Vital statistics of India. Vol. IV, Annual returns from 1871 to 1876. British Army of India, Native Army and jails of Bengal
Year: 1871
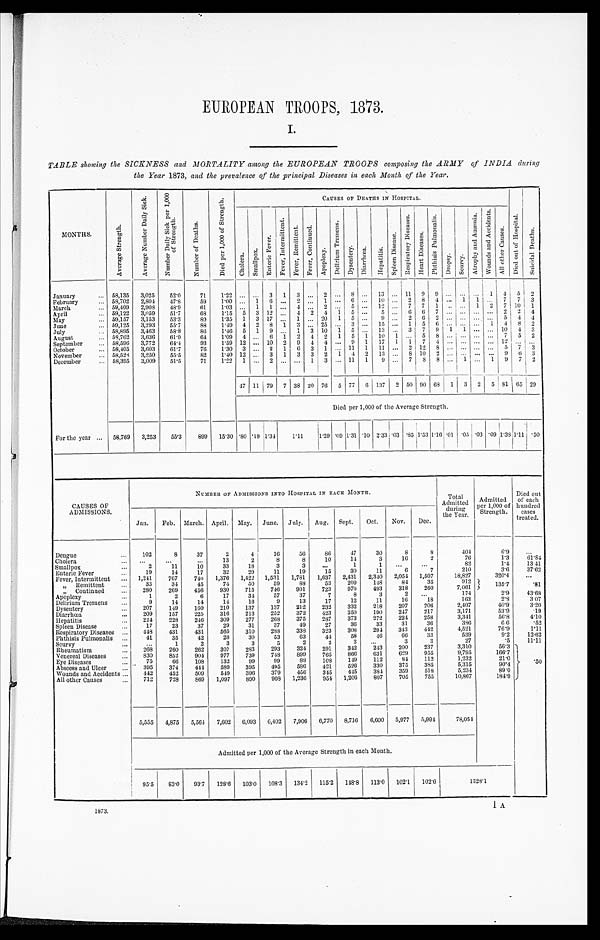
EUROPEAN TROOPS, 1873.
TABLE showing the SICKNESS and MORTALITY among the EUROPEAN TROOPS composing the ARMY of INDIA during
the Year 1873, and the prevalence of the principal Diseases in each Month of the Year.
MONTHS.
A v e r a g e S t r e n g t h .
A v e r a g e N u m b e r D a i l y S i c k .
N u m b e r D a i l y S i c k p e r 1 , 0 0 0 o f S t r e n g t h .
N u m b e r o f D e a t h s .
D i e d p e r 1 , 0 0 0 o f S t r e n g t h .
CAUSES OF DEATHS IN HOSPITAL.
C h o l e r a .
S m a l l p o x .
E n t e r i c F e v e r .
F e v e r , I n t e r m i t t e n t .
F e v e r , R e m i t t e n t .
F e v e r , C o n t i n u e d .
A p o p l e x y .
D e l i r i u m T r e m e n s .
D y s e n t e r y .
D i a r r h œ a .
H e p a t i t i s .
S p l e e n Di s e a s e .
R e s p i r a t o r y D i s e a s e s .
H e a r t D i s e a s e s .
P h t h i s i s P u l m o n a l i s .
D r o p s y . S c u r v y .
A t r o p h y a n d A n æ m i a .
W o u n d s a n d A c c i d e n t s .
A l l o t h e r C a u s e s .
D i e d o u t o f H o s p i t a l .
S u i c i d a l D e a t h s .
January . . . 58,135
3,025
52.0
71
1.22
. . .
. . . 3
1
3 . . . 2 . . . 8
. . . 13 . . .
1 1
9
9
. . .
. . . . . . 1
4
5
2
February . . . 58,702
2,804
47.8
59
1.00
. . . 1
6
. . . 2 . . . 1 . . . 6
. . . 10 . . . 2
8
4
. . . 1
1 . . . 7
7
3
March . . . 59,409
2,908
48.9
61
1.03
. . . 1
1
. . . 4 . . . 2 . . . 5
. . . 12 . . . 7
7
1
. . .
. . . 1
2
7 10
1
April . . . 59,122
3,059
51.7
68
1.15
5
3 12
. . . 4
2
4 1
5
. . .
5 . . . 6
6
7
. . .
. . . . . . . . . 2
2
4
May . . . 59,157
3,153
53.3
80
1.35
1
3 17
. . . 1 . . . 20
1
5
. . .
9 . . . 2
6
2
. . .
. . . . . . . . . 5
4
4
June . . . 59,125
3,293
55.7
88
1.49
4
2
8
1
3 . . . 25 . . . 3
. . . 15 . . . 1
5
6
. . .
. . .. . .
1
4
8
2
July
. . . 58,895
3,463
58'8
86
1.46
5
1
9
. . . 1
3 10
1
5
. . . 13 . . . 3
7
9
1
1 . . . . . . 10
4
3
August . . . 58,762
3,636
61.9
64
1.09
4
. . .
6 1
2
4
2
1
5
1
1 0 1
. . . 5
8
. . .
. . .
. . . . . . 7
5
2
September . . . 58,596
3,772
64.4
93
1.59 12
. . . 10
2
9
4
4 . . . 9
1
17
1
1
7
4
. . .
. . . . . .. . .
1 2
. . .
. . .
October . . . 58,405
3,603
61.7
76
1.30
3
. . . 2
1
6
3
1 . . . 11
1
11 . . . 2 12 8
. . .
. . . . . . . . . 5
7
3
November . . . 58,528
3,250
55.5
82
1.40 12
. . . 3
1
3
3
2
1
4
2
13 . . . 8 10
2
. . .
. . .
. . . . . . 9
6 3
December . . . 58,395
3,009
51.5
71
1.22
1
. . . 2
. . .
. . . 1
3 . . . 11
1
9 . . . 7
8
8
. . . 1 . . . 1
9
7
2
47
1 1 79
7 38 20 76
5 77
6 137
2 50 90 68
1
3
2
5 81 65
29
Died per 1,000 of the Average Strength.
For the year . . . 58,769
3,253
55.3
899
15.30 .80 .19 1.34
1.11
1.29 .09 1.31 .10 2.33 .03 .85 1.53 1.16 .01 .05 .03 .09
1 . 3 8
1 . 1 1 .50
CAUSES OF
ADMISSIONS.
NUMBER OF ADMISSIONS INTO HOSPITAL IN EACH MONTH.
Total
Admitted
du
ring the Year.
Admitted
per 1,000 of
Strength.
Died out
of each
hundred
cases
treated.
Jan.
Feb. March. April. May.
June.
July.
Aug.
Sept.
Oct.
Nov.
Dec.
Dengue . . .
102
8
37
2
4
16
56
86
47
30
8
8
404
6.9
. . .
Cholera . . .
. . .
. . .
. . .
13
2
8
8
10
14
3
16
2
76
1.3
61.84
Smallpox . . .
2
11
10
33
18
3
3
. . .
1
1
. . .
. . .
82
1.4
13.41
Enteric Fever . . .
19
14
17
32
29
11
19
15
30
11
6
7
210
3.6
37.62
Fever, Intermittent . . .
1,241
767
740
1,376
1,422 1,531
1,781
1,637
2,431
2,340
2,054
1,507
18,827
320.4
. . .
" Remittent . . .
33
34
45
74
50
59
88
53
209
148
84
35
912 135.7
.81
" Continued . . .
280
269
456
930
715
746
901
723
970
493
318
260
7,061
Apoplexy . . .
1
2
6
17
34
57
37
7
8
3
2
. . .
174
2.9
43.68
Delirium Tremens . . .
9
14
14
14
16
9
13
17
12
11
16
18
163
2.8
3.07
Dysentery . . .
207
149
160
210
137
137
212
232
332
218
207
206
2,407
40.9
3.20
Diarrhœa . . .
209
157
225
316
213
252
372
423
350
190
247
217
3,171
53.9
.19
Hepatitis . . .
224
228
246
309
277
268
375
287
373
279
224
258
3,341
56.8
4.10
Spleen Disease . . .
17
23
37
29
31
37
49
27
36
33
31
36
386
6 6
.52
Respiratory Diseases . . .
448
431
431
565
310
288
338
323
308
294
343
442
4,521
76.9
1.11
Phthisis Pulmonalis . . .
41
35
42
28
30
53
63
44
58
46
66
33
539
9.2
12.62
Scurvy . . .
. . .
1
2
3
3
5
2
2
3
. . .
3
3
27
.5
11.11
Rheumatism . . .
268
260
262
307
283
293
324
291
342
243
200
237
3,310
56.3 . 5 0
Venereal Diseases . . .
830
852
904
977
739
748
899
765
866
631
629
955
9,795
166.7
Eye Diseases . . .
75
66
108
132
99
99
88
108
149
112
84
112
1,232
21.0
Abscess and Ulcer . . .
395
374
444
589
395
495
586
421
526
330
375
385
5,315
90.4
Wounds and Accidents . . .
442
452
509
549
396
379
456
345
445
384
359
518
5,234
89.0
All other Causes . . .
712
728
869
1,097
890
908 1,236
954 1,206
807
705
755
10,867
184.9
5,555
4,875
5,564
7,602
6,093
6,402
7,906
6,770
8,716
6,600
5,977
5,994
78,054
Admitted per 1,000 of the Average Strength in each Month.
95.5
83.0
93.7
128.6
103.0
108.3
134.2
115.2
148.8
113.0
102.1
102.6
1328.1
1873.
1 A